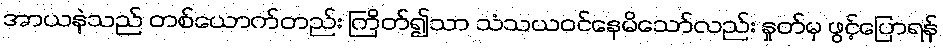
အာယနဲသည် တစ်ယောက်တည်း ကြိတ်၍သာ သံသယဝင်နေမိသော်လည်း နှုတ်မှ ဖွင့်ပြောရန်